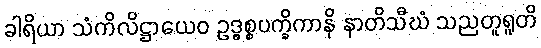
ခါရိယာ သံကိလိဋ္ဌာယေဝ ဥဒ္ဓစ္စပက္ခိကာနိ နာတိသီဃံ သညတူရူတိ